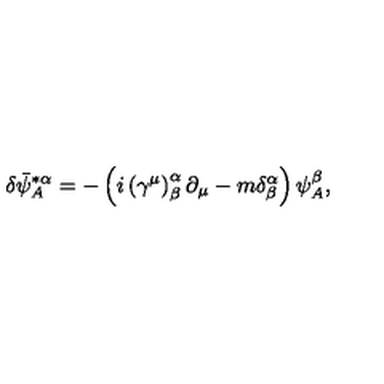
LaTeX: \delta \bar { \psi } _ { A } ^ { * \alpha } = - \left( i \left( \gamma ^ { \mu } \right) _ { \beta } ^ { \alpha } \partial _ { \mu } - m \delta _ { \beta } ^ { \alpha } \right) \psi _ { A } ^ { \beta } ,